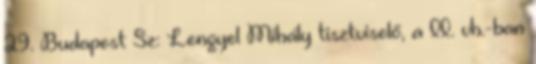
29. Budapest Sz: Lengyel Mihály tisztviselő, a II. vh.-ban